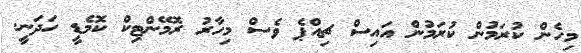
މިހެން ކުރަމުން ކުރަމުން އައިސް ޗިއްޕެ ވެސް މިހާރު ރޮމޭންޓިކް ކޮމެޑީ ހަދަނީ.